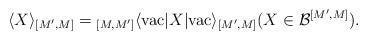
LaTeX: \begin{align*}\langle X \rangle_{[M', M]}={}_{[M, M']}\langle \mathrm{vac} | X |\mathrm{vac}\rangle_{[M', M]} (X \in \mathcal{B}^{[M', M]}). \end{align*}